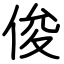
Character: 俊